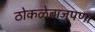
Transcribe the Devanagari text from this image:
ठोकळेबाजपणा